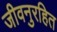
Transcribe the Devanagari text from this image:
जीवनुरहित